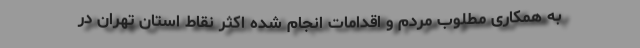
به همکاری مطلوب مردم و اقدامات انجام شده اکثر نقاط استان تهران در